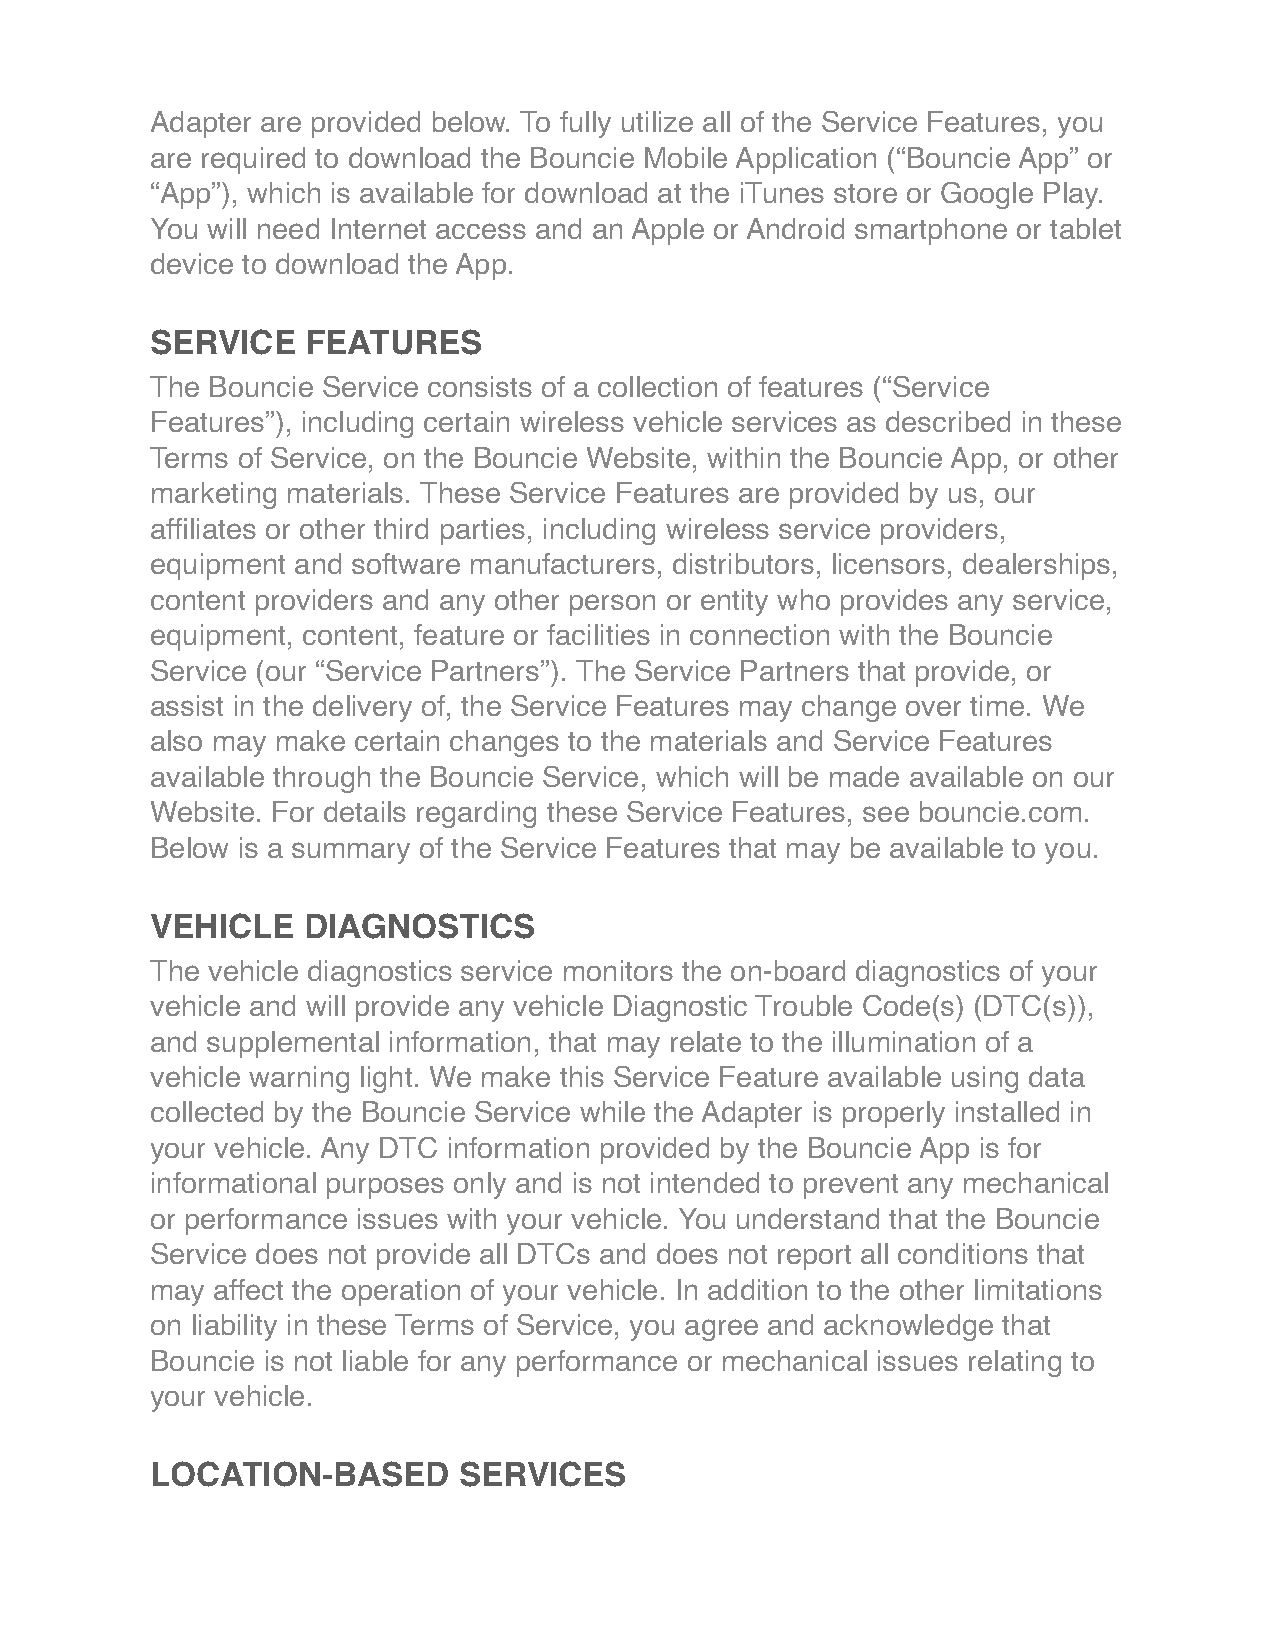
Adapter are provided below. To fully utilize all of the Service Features, you
 are required to download the Bouncie Mobile Application (“Bouncie App” or
 “App”), which is available for download at the iTunes store or Google Play.
 You will need Internet access and an Apple or Android smartphone or tablet
 device to download the App.
 SERVICE   FEATURES
 The Bouncie Service consists of a collection of features (“Service
 Features”), including certain wireless vehicle services as described in these
 Terms of Service, on the Bouncie Website, within the Bouncie App, or other
 marketing materials. These Service Features are provided by us, our
 affiliates or other third parties, including wireless service providers,
 equipment and software manufacturers, distributors, licensors, dealerships,
 content providers and any other person or entity who provides any service,
 equipment, content, feature or facilities in connection with the Bouncie
 Service (our “Service Partners”). The Service Partners that provide, or
 assist in the delivery of, the Service Features may change over time. We
 also may make certain changes to the materials and Service Features
 available through the Bouncie Service, which will be made available on our
 Website. For details regarding these Service Features, see bouncie.com.
 Below is a summary of the Service Features that may be available to you.
 VEHICLE   DIAGNOSTICS
 The vehicle diagnostics service monitors the on-board diagnostics of your
 vehicle and will provide any vehicle Diagnostic Trouble Code(s) (DTC(s)),
 and supplemental information, that may relate to the illumination of a
 vehicle warning light. We make this Service Feature available using data
 collected by the Bouncie Service while the Adapter is properly installed in
 your vehicle. Any DTC information provided by the Bouncie App is for
 informational purposes only and is not intended to prevent any mechanical
 or performance issues with your vehicle. You understand that the Bouncie
 Service does not provide all DTCs and does not report all conditions that
 may affect the operation of your vehicle. In addition to the other limitations
 on liability in these Terms of Service, you agree and acknowledge that
 Bouncie is not liable for any performance or mechanical issues relating to
 your vehicle.
 LOCATION-BASED      SERVICES